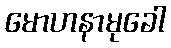
မောဟနာမုခေါ